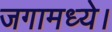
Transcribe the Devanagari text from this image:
जगामध्ये।